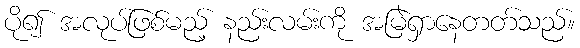
ပို၍ အလုပ်ဖြစ်မည့် နည်းလမ်းကို အမြဲရှာနေတတ်သည်။